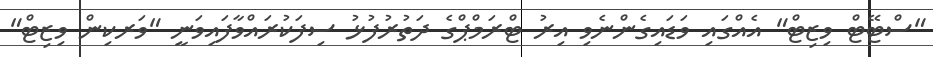
"ސްޓޭޓް ވިޒިޓް" އެއްގައި ވަޑައިގެންނެވި އިރު ޓްރަމްޕްގެ ދަތުރުފުޅު ސިފަކުރައްވާފައިވަނީ "ވަރކިން ވިޒިޓް"